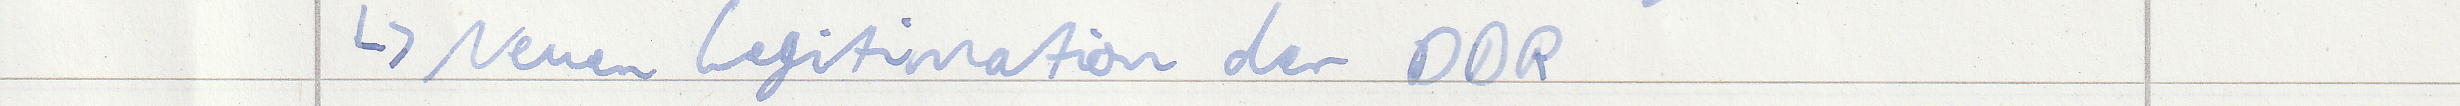
-> Neuen Legitimation der DDR